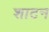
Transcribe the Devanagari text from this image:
शाटन